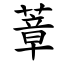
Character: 蔁